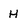
Character: H